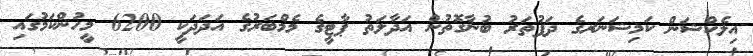
އިލެކްޝަން ކަމިޝަނަރގެ ދަފުތަރު ބުނާގޮތުން އަދާލަތު ޕާޓީގެ މެމްބަރުގެ އަދަދަކީ 6200 މީހުންކަމުގައި